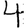
Digit: 4